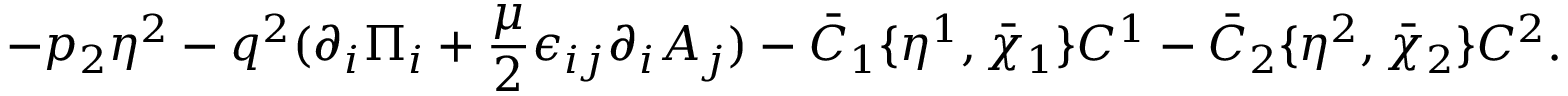
- p _ { 2 } \eta ^ { 2 } - q ^ { 2 } ( \partial _ { i } \Pi _ { i } + { \frac { \mu } { 2 } } \epsilon _ { i j } \partial _ { i } A _ { j } ) - \bar { C } _ { 1 } \{ \eta ^ { 1 } , \bar { \chi } _ { 1 } \} C ^ { 1 } - \bar { C } _ { 2 } \{ \eta ^ { 2 } , \bar { \chi } _ { 2 } \} C ^ { 2 } .